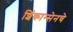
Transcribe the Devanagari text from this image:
शिंकान्सेनचे